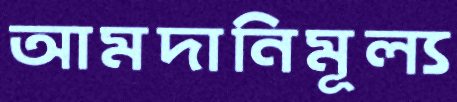
আমদানিমূল্য